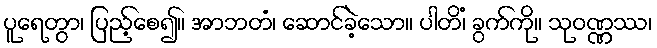
ပူရေတွာ၊ ပြည့်စေ၍။ အာဘတံ၊ ဆောင်ခဲ့သော။ ပါတိံ၊ ခွက်ကို။ သုဝဏ္ဏဿ၊